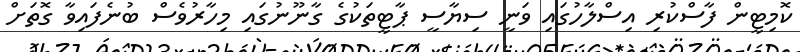
ކޮމިޓީން ފާސްކުރި އިސްލާހުގައި ވަނީ ސިޔާސީ ޕާޓީތަކުގެ ގާނޫނުގައި މިހާރުވެސް ބުނެފައިވާ ގޮތަށް